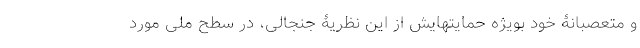
و متعصبانۀ خود بویژه حمایتهایش از این نظریۀ جنجالی، در سطح ملی مورد